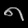
Digit: ၈